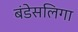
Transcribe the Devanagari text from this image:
बंडेसलिगा